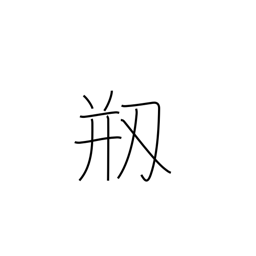
Meaning: be damaged